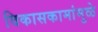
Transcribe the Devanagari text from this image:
विकासकामांमुळे